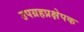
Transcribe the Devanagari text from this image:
उपग्रहप्रक्षेपक